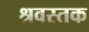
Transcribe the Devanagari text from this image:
श्रवस्तक